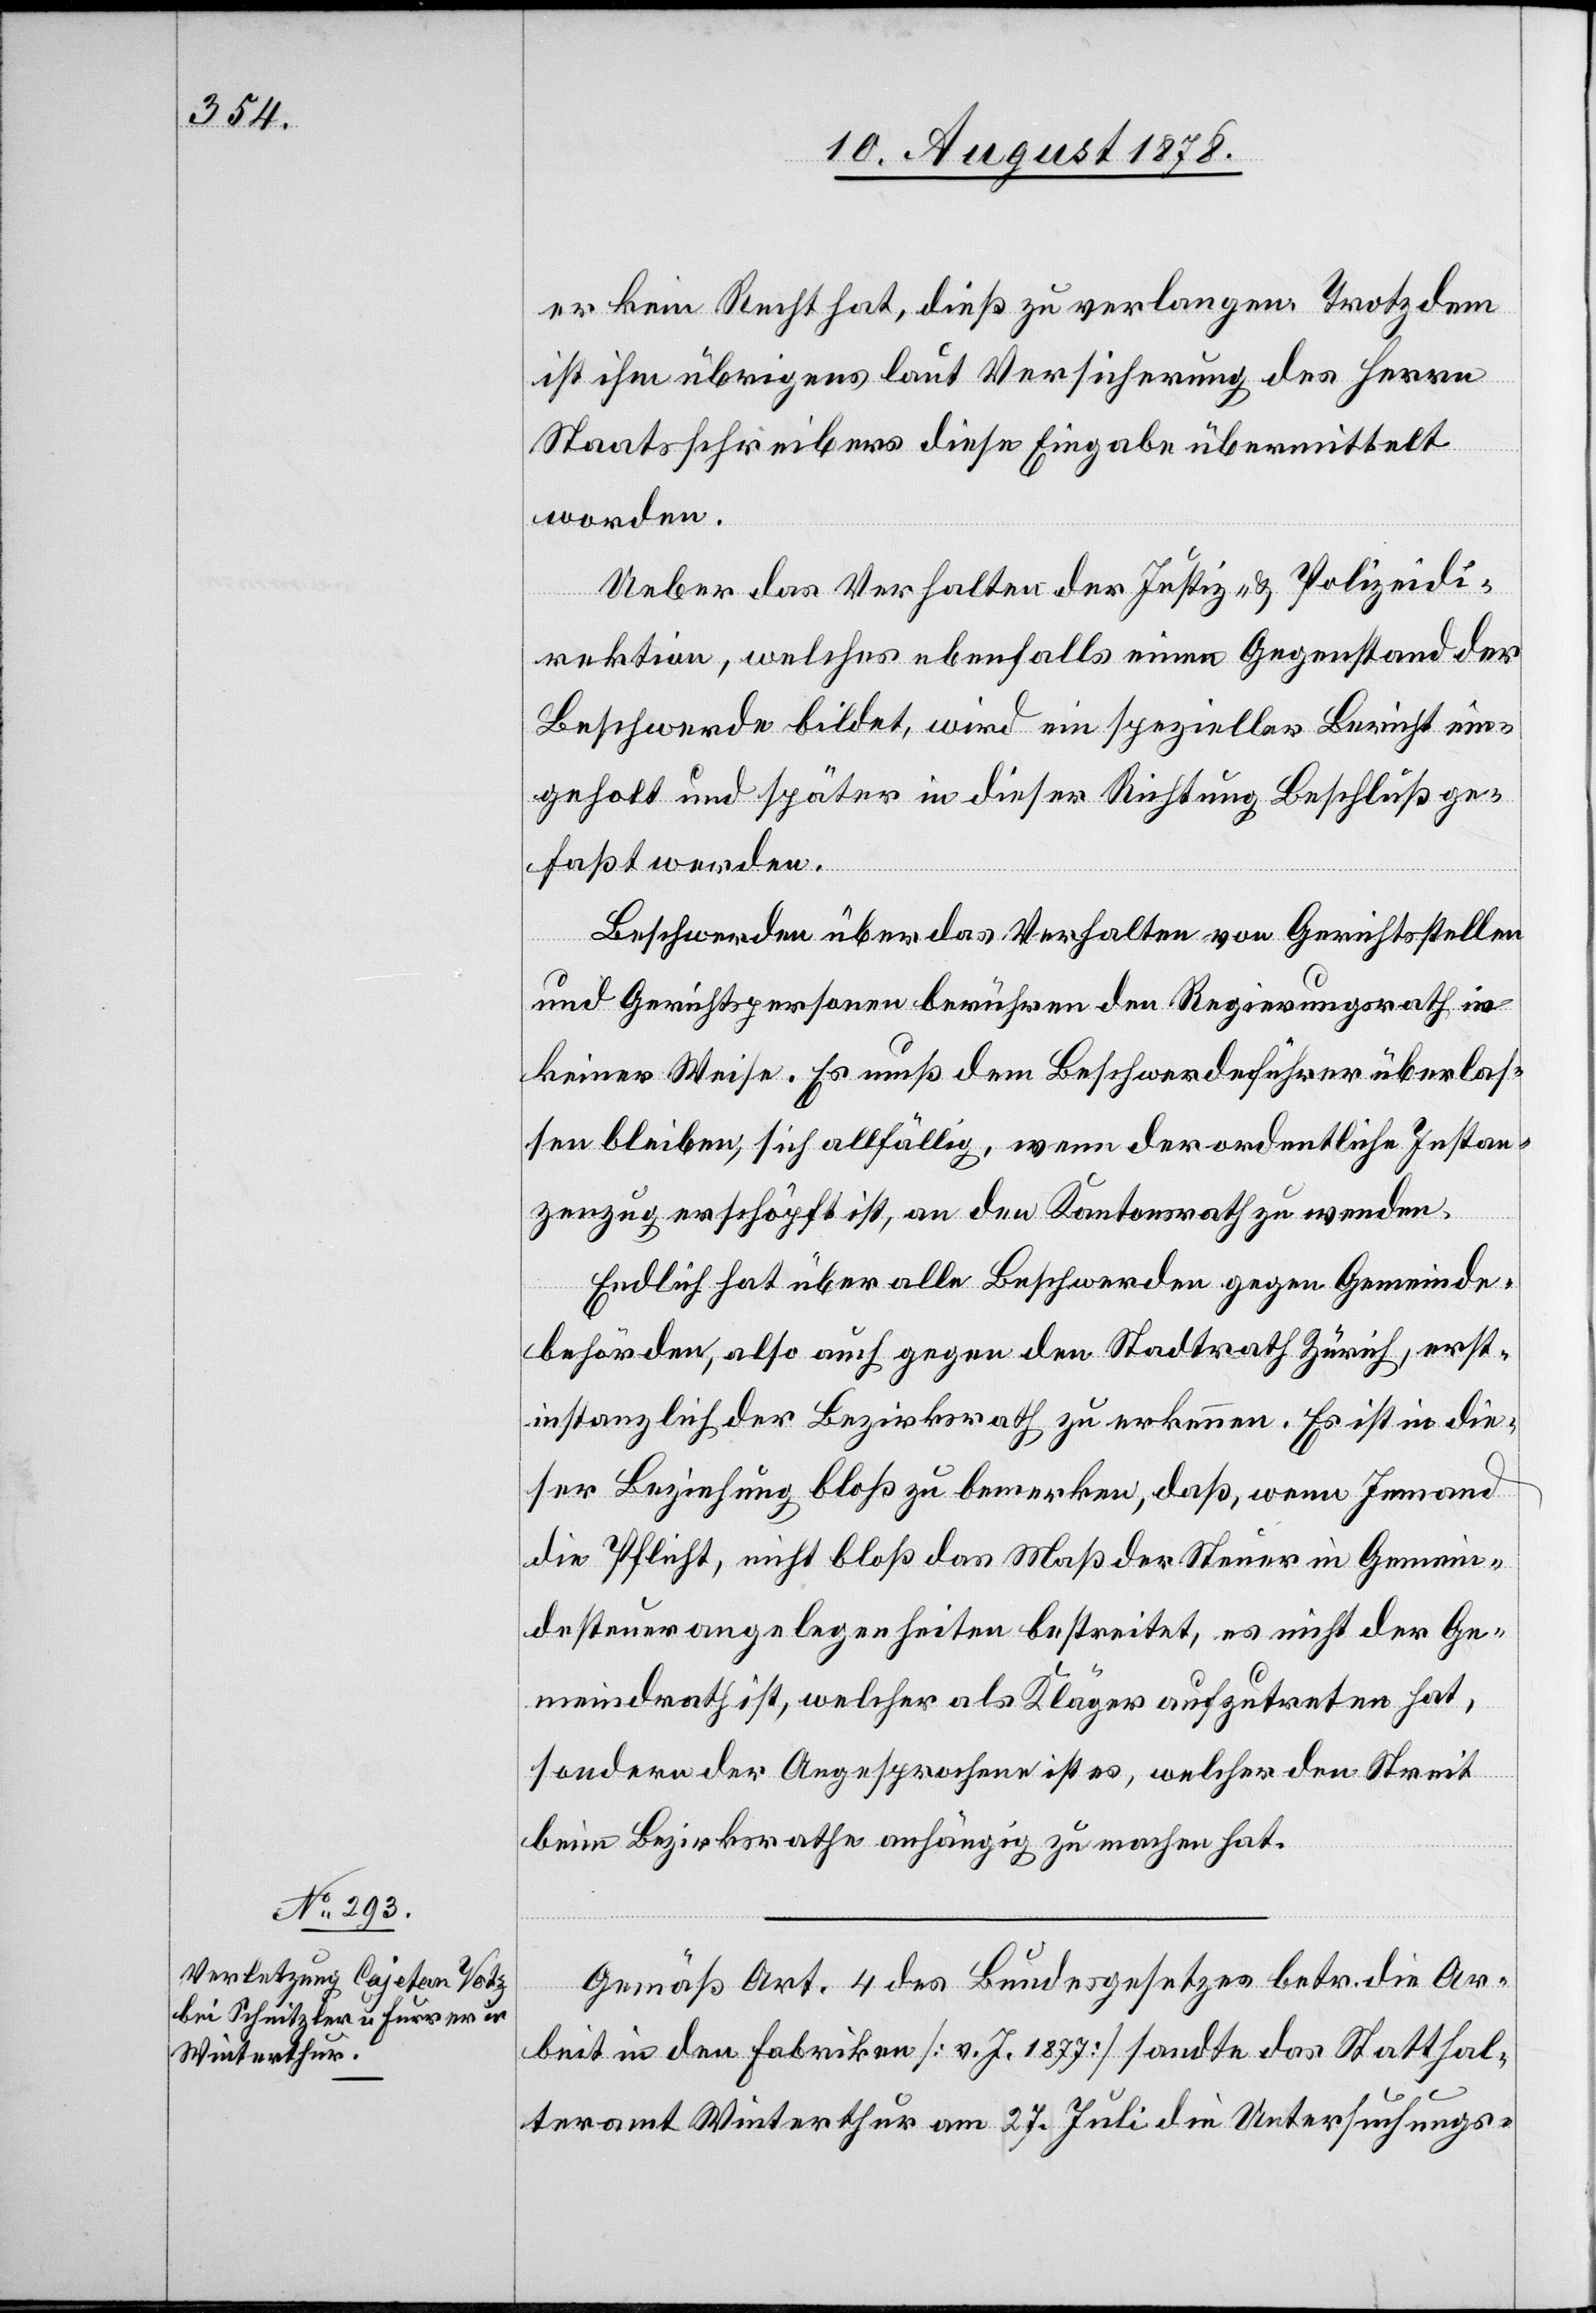
er kein Recht hat, dieß zu verlangen. Trotzdem
ist ihm übrigens laut Versicherung des Herrn
Staatsschreibers diese Eingabe übermittelt
worden.
Ueber das Verhalten der Justiz- & Polizeidi¬
rektion, welches ebenfalls einen Gegenstand der
Beschwerde bildet, wird ein spezieller Bericht ein¬
geholt und später in dieser Richtung Beschluß ge¬
faßt werden.
Beschwerden über das Verhalten von Gerichtsstellen
und Gerichtspersonen berühren den Regierungsrath in
keiner Weise. Es muß dem Beschwerdeführer überlas¬
sen bleiben, sich allfällig, wenn der ordentliche Instan¬
zenzug erschöpft ist, an den Kantonsrath zu wenden.
Endlich hat über alle Beschwerden gegen Gemeinde¬
behörden, also auch gegen den Stadtrath Zürich, recht¬
instanzlich der Bezirksrath zu erkennen. Es ist in die¬
ser Beziehung bloß zu bemerken, daß, wenn Jemand
die Pflicht, nicht bloß das Maß der Steuer in Gemein¬
desteuerangelegenheiten bestreitet, es nicht der Ge¬
meindrath ist, welcher als Kläger aufzutreten hat,
sondern der Angesprochene ist es, welcher den Streit
beim Bezirksrath anhängig zu machen hat.
Gemäß Art. 4 des Bundesgesetzes betr. die Ar¬
beit in den Fabriken [v. J. 1877] sandte das Statthal¬
teramt Winterthur am 27. Juli die Untersuchungs-